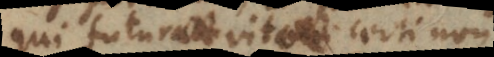
qui futurae vitae certi non